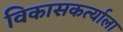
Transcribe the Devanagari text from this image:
विकासकर्त्याला